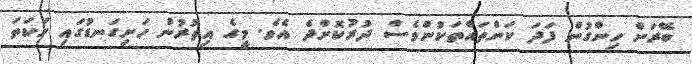
ބޭރަށް ހިންގުން ފަދަ ކަންތައްތަކުންވެސް ދުރުކޮށްދެ އެވެ. މީގެ އިތުރުން ހަށިގަނޑުގައި ހަކަތަ